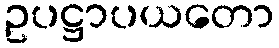
ဥပဋ္ဌာပယတော